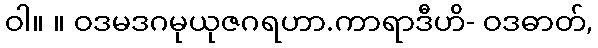
ဝါ။ ။ ဝဒမဒဂမုယုဇဂရဟာ.ကာရာဒီဟိ- ဝဒဓာတ်,